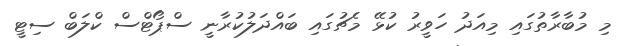
މި މުބާރާތުގައި މިއަދު ހަވީރު ކުޅޭ މެޗުގައި ބައްދަލުކުރާނީ ސްޕޯޓްސް ކްލަބް ސިޓީ